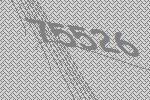
75526